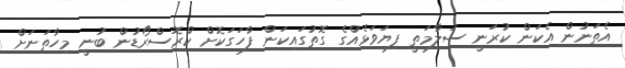
އެތަނުން އެކަން ކުރަނީ ސަލާމަތީ ފިޔަވަޅެއްގެ ގޮތުގައިކަން ފާހަގަކޮށް ކްރޮސްރޯޑުން ބުނީ މިހާތަނަށް